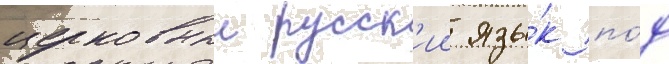
церковныи русск'ии язы́к по́д